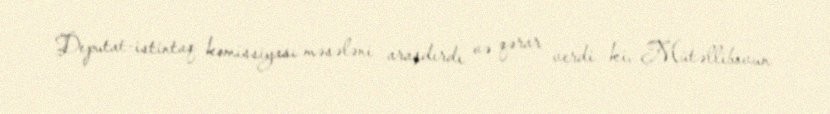
Deputat-istintaq komissiyası məsələni araşdırdı və qərar verdi ki, Mütəllibovun